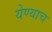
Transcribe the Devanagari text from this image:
येण्याच